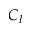
C _ { l }